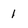
Character: 1